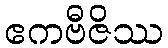
ဧကဗီဇိဿ